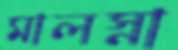
মালস্না